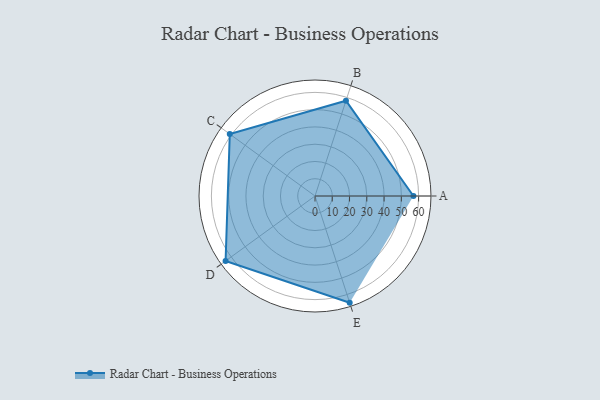
{"axis": {"x": "Skill", "y": "Score"}, "legend": ["Profile"], "data": [{"x": "A", "y": 57.0, "type": "Profile"}, {"x": "B", "y": 58.0, "type": "Profile"}, {"x": "C", "y": 61.0, "type": "Profile"}, {"x": "D", "y": 64.0, "type": "Profile"}, {"x": "E", "y": 65.0, "type": "Profile"}]}